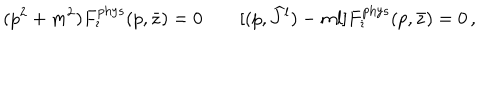
LaTeX: ( p ^ { 2 } + m ^ { 2 } ) F _ { \imath } ^ { \mathrm { p h y s } } ( p , \bar { z } ) = 0 \qquad [ ( p , { \widehat J } { } ^ { l } ) - m l ] F _ { \imath } ^ { \mathrm { p h y s } } ( p , \bar { z } ) = 0 \, ,